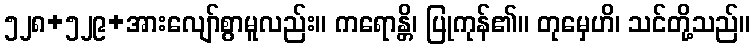
၅၂၈+၅၂၉+အားလျော်စွာမူလည်း။ ကရောန္တိ၊ ပြုကုန်၏။ တုမှေဟိ၊ သင်တို့သည်။